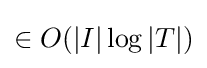
\in O(|I|\log |T|)